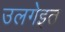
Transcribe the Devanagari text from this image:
उलगेइत